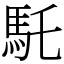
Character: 馲